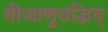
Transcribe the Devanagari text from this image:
बीजाणुउद्भिद्